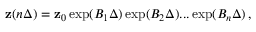
{ \bf z } ( n \Delta ) = { \bf z } _ { 0 } \exp ( B _ { 1 } \Delta ) \exp ( B _ { 2 } \Delta ) . . . \exp ( B _ { n } \Delta ) \, ,